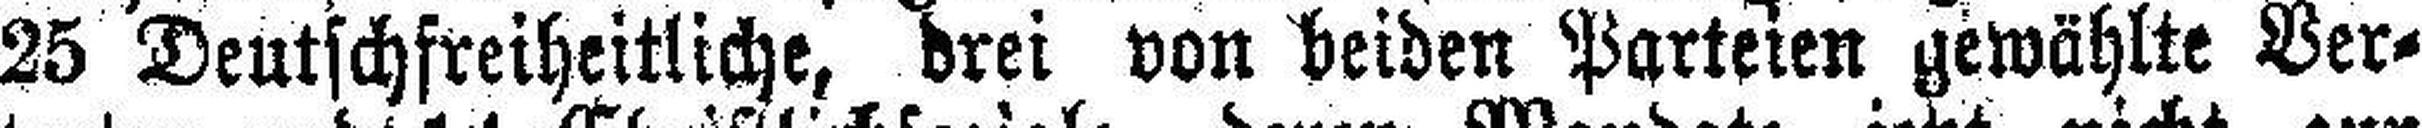
25 Deutschfreiheitliche, drei von beiden Parteien gewählte Ver¬